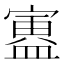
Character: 𫴃